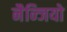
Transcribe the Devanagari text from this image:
नैन्जियो